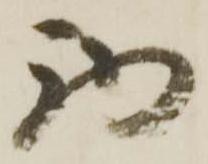
西